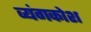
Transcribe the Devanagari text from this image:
व्यंगकोश